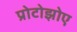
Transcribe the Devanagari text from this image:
प्रोटोझोए